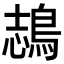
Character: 𪁓